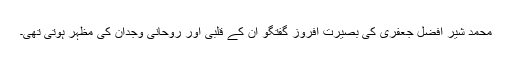
محمد شیر افضل جعفری کی بصیرت افروز گفتگو ان کے قلبی اور روحانی وجدان کی مظہر ہوتی تھی۔